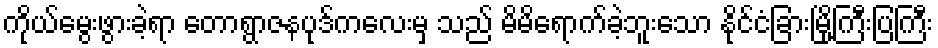
ကိုယ်မွေးဖွားခဲ့ရာ တောရွာဇနပုဒ်ကလေးမှ သည် မိမိရောက်ခဲ့ဘူးသော နိုင်ငံခြားမြို့ကြီးပြကြီး